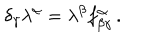
LaTeX: \delta _ { \gamma } \lambda ^ { \alpha } = \lambda ^ { \beta } f _ { \beta \gamma } ^ { \alpha } \, .